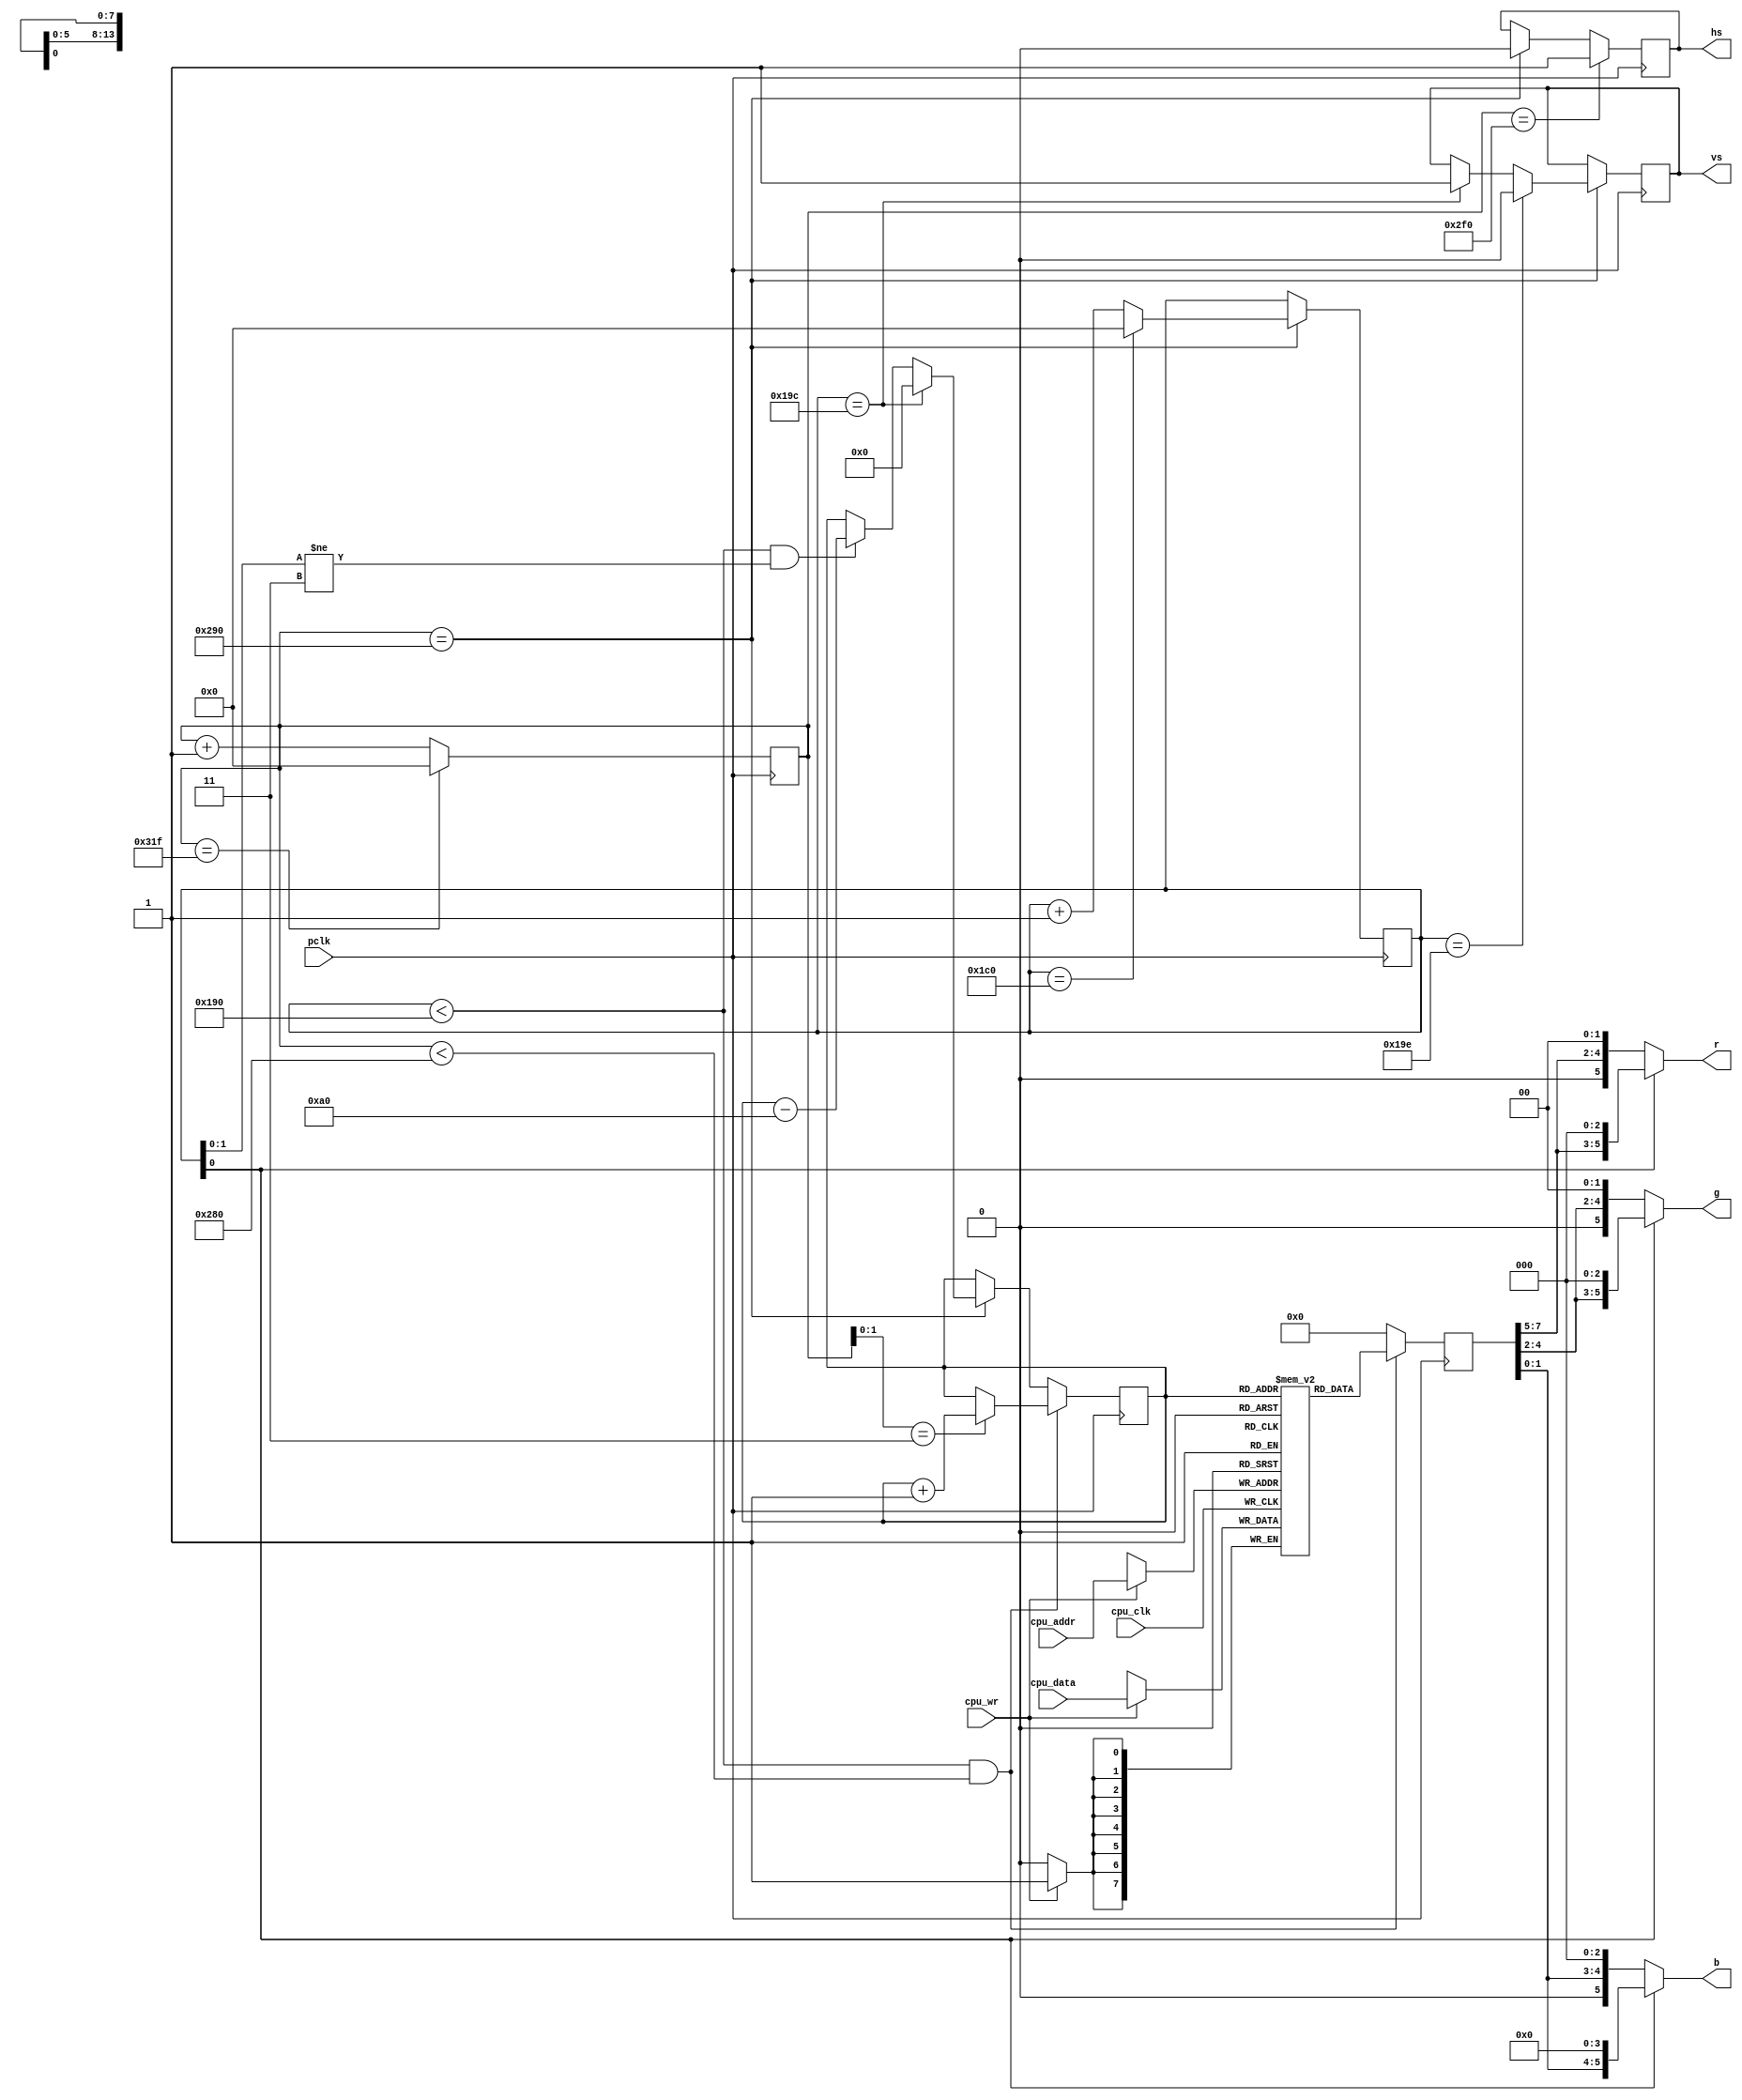
// Ein einfaches System-on-a-chip (SOC)
// (c) 2015 Till Harbaum

// Einfacher VGA-Controller mit 160x100 Pixeln. Der zugrunde liegende VGA-Modus 
// von 640x400 Pixel wird durch Zusammenfassung von je view Zeilen uns Spalten
// zu 160x100 Pixel "Retro-Auflsung". Das Abdunkeln jeder zweiten Zeile erzeugt
// Rhren-Fernseher-artige "Scanlines"

// http://tinyvga.com/vga-timing/640x400@70Hz

module vga (
   // Pixeltakt
   input  pclk,
	
	// Prozessorschnittstelle
	input  cpu_clk,
	input  cpu_wr,
	input [13:0] cpu_addr,
	input [7:0] cpu_data,
	
	// Ausgang zum VGA-Bildschirm
   output reg	hs,
   output reg 	vs,
   output [5:0] r,
   output [5:0] g,
   output [5:0] b
);
					
// 640x400 70HZ VESA laut http://tinyvga.com/vga-timing/640x400@70Hz
parameter H   = 640;    // Breite des sichtbaren Bereiches
parameter HFP = 16;     // Nicht nutzbarer Bereich vor H-Sync
parameter HS  = 96;     // Breite des H-Sync
parameter HBP = 48;     // Nicht nutzbarer Bereich nach H-Sync

parameter V   = 400;    // Hhe des sichtbaren Bereiches
parameter VFP = 12;     // Nicht nutzbarer Bereich vor V-Sync
parameter VS  = 2;      // Hhe des V-Sync
parameter VBP = 35;     // Nicht nutzbarer Bereich nach V-Sync

reg[9:0]  h_cnt;        // horizontaler Pixelzaehler
reg[9:0]  v_cnt;        // vertikaler Pixelzaehler

// Beide Zaehler starten mit dem Beginn des sichtbaren Bildbereiches

// horizontaler Pixelzaehler
always@(posedge pclk) begin
	if(h_cnt==H+HFP+HS+HBP-1)   h_cnt <= 10'd0;
	else                        h_cnt <= h_cnt + 10'd1;

	// Erzeugung des negativen H-Sync-Signals
	if(h_cnt == H+HFP)    hs <= 1'b0;
	if(h_cnt == H+HFP+HS) hs <= 1'b1;
end

// vertikaler Pixelzaehler
always@(posedge pclk) begin
	// der vertikale Zustand aendert sich am Anfang jeder Zeile
	if(h_cnt == H+HFP) begin
		if(v_cnt==VS+VBP+V+VFP-1)  v_cnt <= 10'd0; 
		else								v_cnt <= v_cnt + 10'd1;

		// Erzeugung des positiven V-Sync-Signals
		if(v_cnt == V+VFP)    vs <= 1'b1;
		if(v_cnt == V+VFP+VS) vs <= 1'b0;
	end
end

// 16000 Bytes interner Videospeicher fuer 160x100 Pixel je 8 Bit (RGB 332)
reg [7:0] vmem [160*100-1:0];

reg [13:0] video_counter;
reg [7:0] pixel;

// VRAM schreiben vis CPU-Schnittstelle
always @(posedge cpu_clk)
	if(cpu_wr) 
		vmem[cpu_addr] <= cpu_data;

// VRAM lesen zur Bilddarstellung
always@(posedge pclk) begin
	// Videozaehler wird zu Beginn des V-Sync zurueckgeetzt, ansonsten
	// im sichtbaren Bereich bei jedem vierten Pixel hochgezaehlt. Am Ende
	// der ersten drei von vier Zeilen wird der Zaehler wieder um eine Zeile
	// zurueck gesetzt, da jeweils vier der 400 VGA-Zeilen gleich angezeigt 
	// werden, um auf 100 Pixelzeilen zu kommen

	// sichtbarer Bildbereich?
	if((v_cnt < V) && (h_cnt < H)) begin
		// Videozaehler nach jedem vierten Pixel erhoehen
		if(h_cnt[1:0] == 2'd3)
			video_counter <= video_counter + 14'd1;
		
		pixel <= vmem[video_counter];               // Speicherinhalt lesen
	end else begin
		// Zaehlermanipulation am Ende der Zeile ausserhalb
		// des sichtbaren Bereiches
		if(h_cnt == H+HFP) begin
			// am Beginn des V-Sync Videozaehler zurueck setzen. Am Ende der
			// ersten drei von vier Zeilen den Zaehler eine Zeile zurueck setzen,
			// um jede Zeile insgesamt viermal auszugeben
			if(v_cnt == V+VFP)
				video_counter <= 14'd0;
			else if((v_cnt < V) && (v_cnt[1:0] != 2'd3))
				video_counter <= video_counter - 14'd160;
		end
			
		pixel <= 8'h00;   // Farbe ausserhalb des sichtbaren Bereiches: schwarz
	end
end

// Aufteilen der 8 RGB-Bits auf die drei Grundfarben, jede zweite Zeile abdunkeln
// fuer "Scanlines"
assign r = v_cnt[0]?{ pixel[7:5],  3'b000 }:{ 1'b0, pixel[7:5],  2'b00 };
assign g = v_cnt[0]?{ pixel[4:2],  3'b000 }:{ 1'b0, pixel[4:2],  2'b00 };
assign b = v_cnt[0]?{ pixel[1:0], 4'b0000 }:{ 1'b0, pixel[1:0], 3'b000 };

endmodule